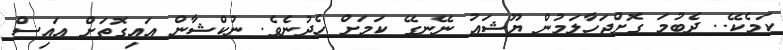
ކަމެކޭ.. ދެބުމަ ގޮށްޖަހާލަމުން ޔޫޝައު ނޭނގޭ ކަމަށް ހެދުނެވެ. ނުކްޝާން އައިގޮތަށް އައިސް